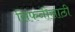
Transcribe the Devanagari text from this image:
सिंफनीसाठी